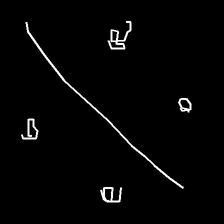
Glyph: cool